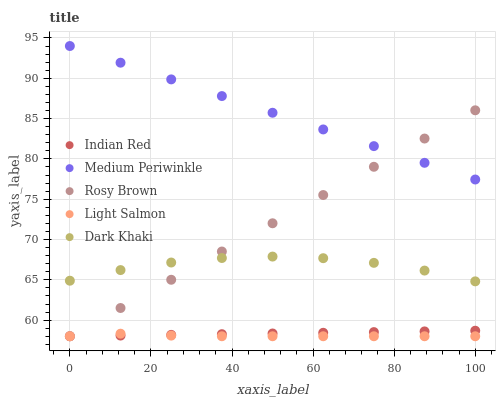
| xaxis_label | Indian Red | Medium Periwinkle | Rosy Brown | Light Salmon | Dark Khaki |
 | --- | --- | --- | --- | --- | --- |
 | 0 | 58 | 94 | 58 | 58 | 64.9 |
 | 12.5 | 58.1 | 91.9 | 61.5 | 58.3 | 66.2 |
 | 25 | 58.2 | 89.9 | 65 | 58.1 | 67.1 |
 | 37.5 | 58.3 | 87.8 | 68.5 | 58 | 67.7 |
 | 50 | 58.3 | 85.7 | 72 | 58 | 67.9 |
 | 62.5 | 58.4 | 83.7 | 75.5 | 58 | 67.7 |
 | 75 | 58.5 | 81.6 | 79 | 58 | 67.1 |
 | 87.5 | 58.6 | 79.5 | 82.5 | 58 | 66.1 |
 | 100 | 58.7 | 77.4 | 86 | 58 | 64.8 |